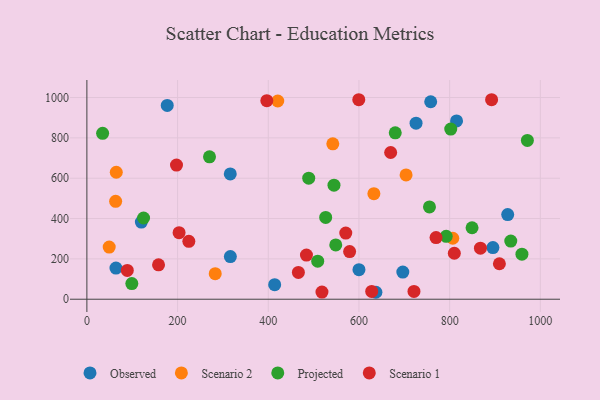
{"axis": {"x": "Distance", "y": "Salary"}, "legend": ["Observed", "Projected", "Scenario 1", "Scenario 2"], "data": [{"x": "414.1", "y": 72.3, "type": "Observed"}, {"x": "316.4", "y": 211.3, "type": "Observed"}, {"x": "316.2", "y": 621.4, "type": "Observed"}, {"x": "725.9", "y": 872.9, "type": "Observed"}, {"x": "758.2", "y": 979.1, "type": "Observed"}, {"x": "120.1", "y": 382.3, "type": "Observed"}, {"x": "64.1", "y": 154.4, "type": "Observed"}, {"x": "928.0", "y": 419.5, "type": "Observed"}, {"x": "895.4", "y": 256.1, "type": "Observed"}, {"x": "696.7", "y": 134.6, "type": "Observed"}, {"x": "815.2", "y": 884.2, "type": "Observed"}, {"x": "600.0", "y": 146.6, "type": "Observed"}, {"x": "177.2", "y": 960.7, "type": "Observed"}, {"x": "637.4", "y": 34.5, "type": "Observed"}, {"x": "632.9", "y": 523.1, "type": "Scenario 2"}, {"x": "806.9", "y": 302.3, "type": "Scenario 2"}, {"x": "283.0", "y": 126.9, "type": "Scenario 2"}, {"x": "542.3", "y": 770.6, "type": "Scenario 2"}, {"x": "63.4", "y": 485.4, "type": "Scenario 2"}, {"x": "703.9", "y": 616.3, "type": "Scenario 2"}, {"x": "49.2", "y": 258.6, "type": "Scenario 2"}, {"x": "64.8", "y": 629.6, "type": "Scenario 2"}, {"x": "420.9", "y": 982.8, "type": "Scenario 2"}, {"x": "125.0", "y": 402.7, "type": "Projected"}, {"x": "509.0", "y": 188.5, "type": "Projected"}, {"x": "792.4", "y": 312.1, "type": "Projected"}, {"x": "755.5", "y": 457.5, "type": "Projected"}, {"x": "934.8", "y": 288.3, "type": "Projected"}, {"x": "526.6", "y": 405.5, "type": "Projected"}, {"x": "548.8", "y": 269.4, "type": "Projected"}, {"x": "802.4", "y": 843.7, "type": "Projected"}, {"x": "489.2", "y": 600.4, "type": "Projected"}, {"x": "959.4", "y": 223.3, "type": "Projected"}, {"x": "34.7", "y": 822.6, "type": "Projected"}, {"x": "680.0", "y": 824.9, "type": "Projected"}, {"x": "270.4", "y": 705.8, "type": "Projected"}, {"x": "849.4", "y": 354.5, "type": "Projected"}, {"x": "971.4", "y": 787.4, "type": "Projected"}, {"x": "544.9", "y": 565.7, "type": "Projected"}, {"x": "99.1", "y": 77.5, "type": "Projected"}, {"x": "909.7", "y": 175.9, "type": "Scenario 1"}, {"x": "197.6", "y": 665.2, "type": "Scenario 1"}, {"x": "466.4", "y": 132.8, "type": "Scenario 1"}, {"x": "579.4", "y": 236.3, "type": "Scenario 1"}, {"x": "599.6", "y": 989.1, "type": "Scenario 1"}, {"x": "158.0", "y": 170.4, "type": "Scenario 1"}, {"x": "396.8", "y": 984.4, "type": "Scenario 1"}, {"x": "810.3", "y": 227.9, "type": "Scenario 1"}, {"x": "628.1", "y": 38.6, "type": "Scenario 1"}, {"x": "570.9", "y": 327.8, "type": "Scenario 1"}, {"x": "892.5", "y": 989.1, "type": "Scenario 1"}, {"x": "518.4", "y": 35.6, "type": "Scenario 1"}, {"x": "224.8", "y": 287.1, "type": "Scenario 1"}, {"x": "867.9", "y": 253.2, "type": "Scenario 1"}, {"x": "669.9", "y": 727.4, "type": "Scenario 1"}, {"x": "484.2", "y": 219.0, "type": "Scenario 1"}, {"x": "721.3", "y": 38.8, "type": "Scenario 1"}, {"x": "89.1", "y": 142.9, "type": "Scenario 1"}, {"x": "770.0", "y": 305.6, "type": "Scenario 1"}, {"x": "203.3", "y": 330.0, "type": "Scenario 1"}]}